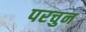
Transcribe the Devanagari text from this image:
परचुन